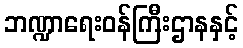
ဘဏ္ဍာရေးဝန်ကြီးဌာနနှင့်